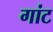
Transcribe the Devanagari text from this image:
गांट